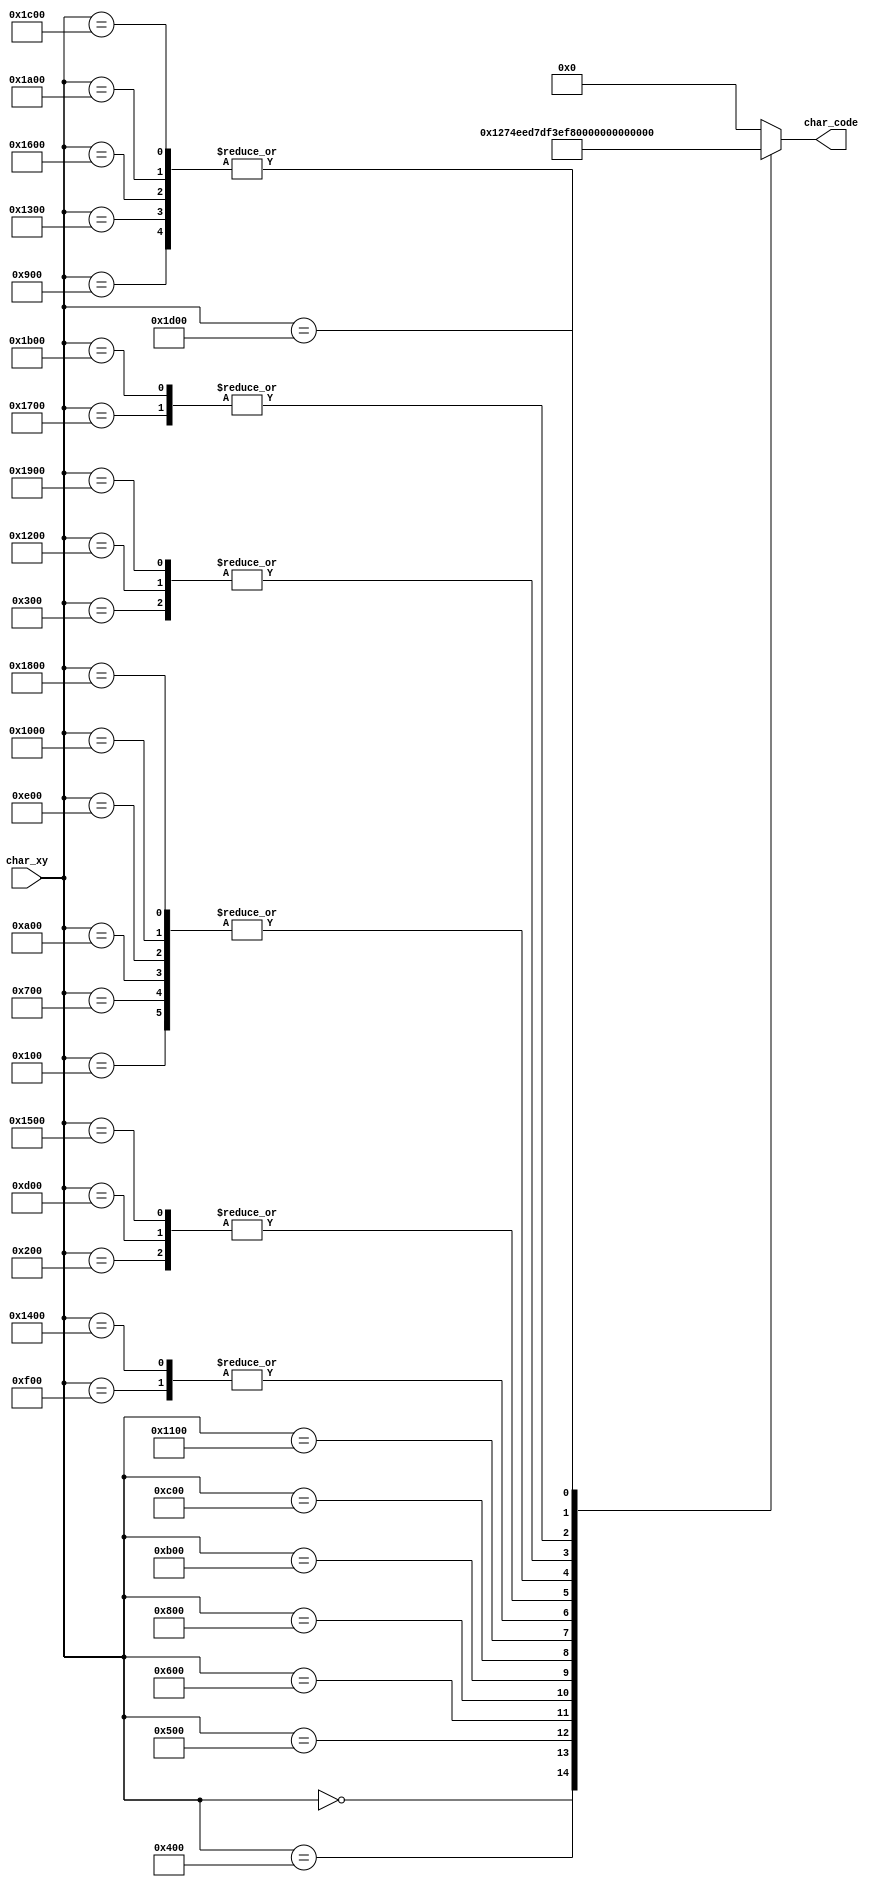
`timescale 1ns / 1ps


module cheater_char_rom(
    input  wire [15:0] char_xy,
    output reg  [6:0]  char_code          // pixels of the character line
);

always@*
begin
    case(char_xy)
        16'h0000: char_code = 7'h49;
        16'h0100: char_code = 7'h20; 
        16'h0200: char_code = 7'h74; 
        16'h0300: char_code = 7'h68; 
        16'h0400: char_code = 7'h69; 
        16'h0500: char_code = 7'h6e; 
        16'h0600: char_code = 7'h6b;
        16'h0700: char_code = 7'h20;
        16'h0800: char_code = 7'h77; 
        16'h0900: char_code = 7'h65; 
        16'h0a00: char_code = 7'h20;
        16'h0b00: char_code = 7'h67; 
        16'h0c00: char_code = 7'h6f; 
        16'h0d00: char_code = 7'h74; 
        16'h0e00: char_code = 7'h20; 
        16'h0f00: char_code = 7'h61; 
        16'h1000: char_code = 7'h20; 
        16'h1100: char_code = 7'h43;
        16'h1200: char_code = 7'h68;
        16'h1300: char_code = 7'h65;
        16'h1400: char_code = 7'h61;
        16'h1500: char_code = 7'h74;
        16'h1600: char_code = 7'h65;
        16'h1700: char_code = 7'h72;
        16'h1800: char_code = 7'h20;
        16'h1900: char_code = 7'h68;
        16'h1a00: char_code = 7'h65;
        16'h1b00: char_code = 7'h72;
        16'h1c00: char_code = 7'h65;
        16'h1d00: char_code = 7'h21;
        default: char_code = 0;
    endcase   
end         
endmodule